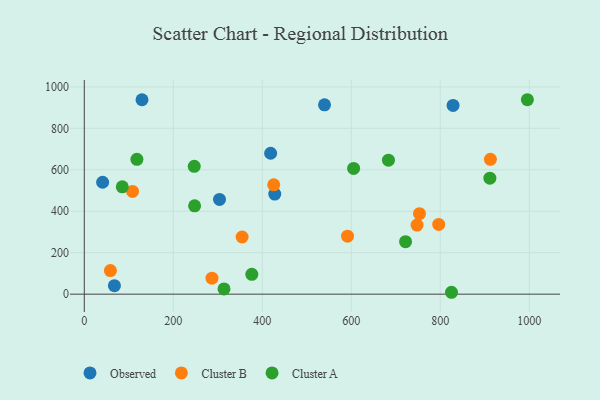
{"axis": {"x": "Distance", "y": "Salary"}, "legend": ["Cluster A", "Cluster B", "Observed"], "data": [{"x": "129.7", "y": 937.8, "type": "Observed"}, {"x": "428.1", "y": 482.7, "type": "Observed"}, {"x": "67.7", "y": 40.9, "type": "Observed"}, {"x": "418.8", "y": 679.7, "type": "Observed"}, {"x": "539.9", "y": 913.4, "type": "Observed"}, {"x": "828.8", "y": 910.3, "type": "Observed"}, {"x": "41.2", "y": 540.0, "type": "Observed"}, {"x": "303.9", "y": 456.9, "type": "Observed"}, {"x": "591.6", "y": 279.7, "type": "Cluster B"}, {"x": "747.9", "y": 333.3, "type": "Cluster B"}, {"x": "108.4", "y": 495.7, "type": "Cluster B"}, {"x": "912.7", "y": 650.4, "type": "Cluster B"}, {"x": "58.7", "y": 113.7, "type": "Cluster B"}, {"x": "796.5", "y": 336.4, "type": "Cluster B"}, {"x": "753.3", "y": 388.4, "type": "Cluster B"}, {"x": "425.7", "y": 527.3, "type": "Cluster B"}, {"x": "287.0", "y": 77.1, "type": "Cluster B"}, {"x": "354.7", "y": 275.7, "type": "Cluster B"}, {"x": "683.6", "y": 646.3, "type": "Cluster A"}, {"x": "995.8", "y": 938.0, "type": "Cluster A"}, {"x": "247.1", "y": 616.5, "type": "Cluster A"}, {"x": "85.4", "y": 517.8, "type": "Cluster A"}, {"x": "376.5", "y": 95.8, "type": "Cluster A"}, {"x": "314.0", "y": 25.4, "type": "Cluster A"}, {"x": "825.3", "y": 9.1, "type": "Cluster A"}, {"x": "247.9", "y": 426.0, "type": "Cluster A"}, {"x": "605.3", "y": 606.8, "type": "Cluster A"}, {"x": "722.0", "y": 253.4, "type": "Cluster A"}, {"x": "911.5", "y": 559.4, "type": "Cluster A"}, {"x": "118.2", "y": 650.7, "type": "Cluster A"}]}